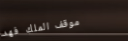
موقف الملك فهد